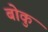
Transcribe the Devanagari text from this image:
बोकु